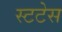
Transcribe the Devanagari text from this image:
स्टटेस